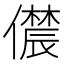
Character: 𫣳